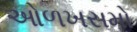
ઓળખસમો